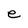
Character: e